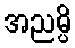
အညမ္ပိ